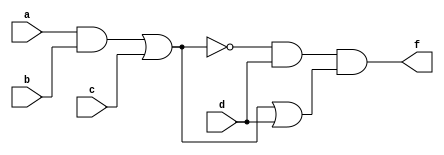
module exercise1ii(a, b, c, d, f);
input a, b, c, d;
output f;
assign f = ((~((a & b) | c)) & d) & (((a & b) | c) | d);
endmodule